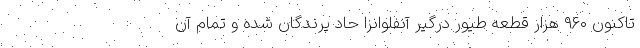
تاکنون ۹۶۰ هزار قطعه طیور درگیر آنفلوانزا حاد پرندگان شده و تمام آن